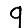
Digit: 9